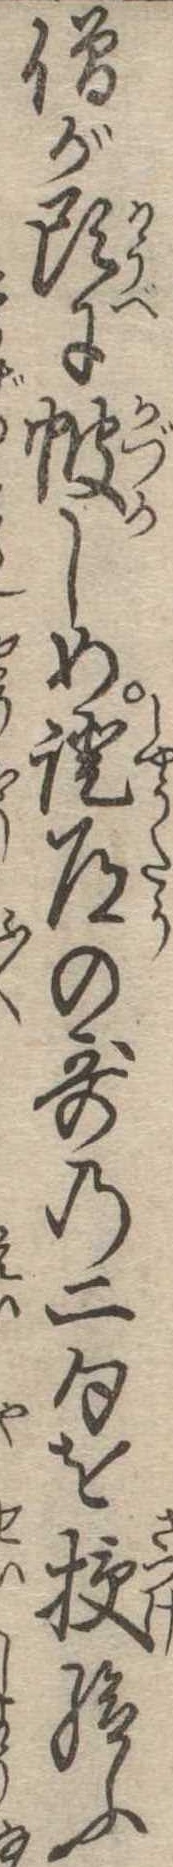
僧が頭にしめ証道の歌の二句を授給ふ